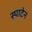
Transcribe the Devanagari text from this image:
स्पाटेन